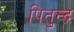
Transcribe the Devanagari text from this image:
पितुन्द्र